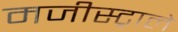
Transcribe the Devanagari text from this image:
मजीस्ट्राले